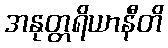
အနုတ္တရိယာနီတိ